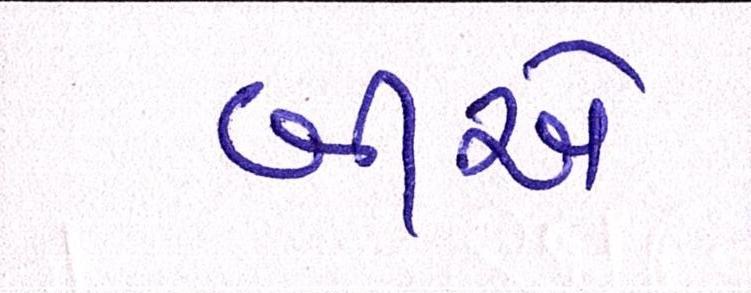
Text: બીએ